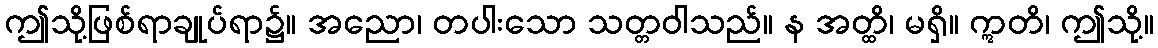
ဤသို့ဖြစ်ရာချုပ်ရာ၌။ အညော၊ တပါးသော သတ္တဝါသည်။ န အတ္ထိ၊ မရှိ။ ဣတိ၊ ဤသို့။